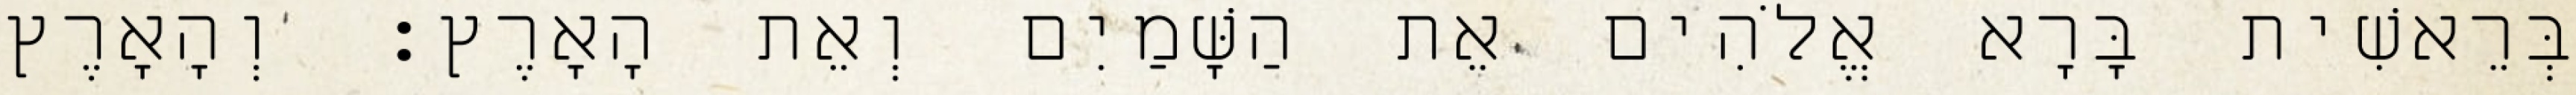
בְּרֵאשִׁית בָּרָא אֱלֹהִים אֵת הַשָּׁמַיִם וְאֵת הָאָרֶץ׃ וְהָאָרֶץ